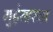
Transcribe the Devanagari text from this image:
गुहेसारखा